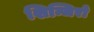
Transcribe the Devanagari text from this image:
शिन्जिरो